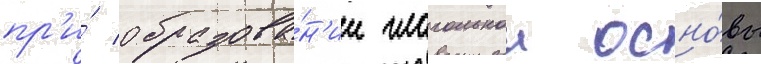
пр'и́ образова́н'ии глагольнои осно́вы